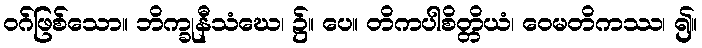
ဝဂ်ဖြစ်သော။ ဘိက္ခုနီသံဃေ၊ ၌။ ပေ။ တိကပါစိတ္တိယံ၊ ဝေမတိကဿ၊ ၍။